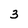
Character: 3